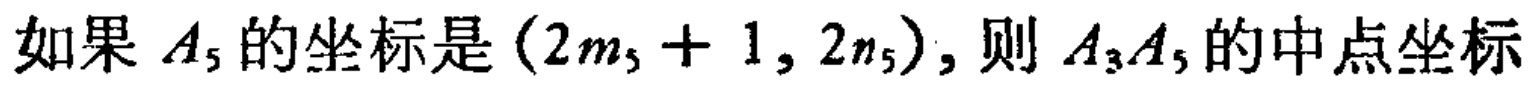
如果 \(A_{5}\) 的坐标是\((2m_{5} + 1,2n_{5})\)，则 \(A_{3}A_{5}\) 的中点坐标